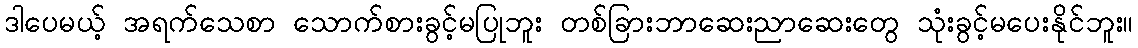
ဒါပေမယ့် အရက်သေစာ သောက်စားခွင့်မပြုဘူး တစ်ခြားဘာဆေးညာဆေးတွေ သုံးခွင့်မပေးနိုင်ဘူး။